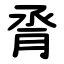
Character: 脀